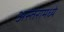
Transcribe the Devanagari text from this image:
अस्तरामध्ये